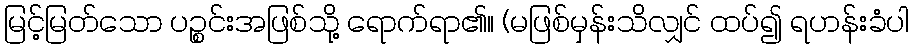
မြင့်မြတ်သော ပဉ္စင်းအဖြစ်သို့ ရောက်ရာ၏။ (မဖြစ်မှန်းသိလျှင် ထပ်၍ ရဟန်းခံပါ